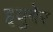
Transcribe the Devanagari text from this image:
हृयुबेर